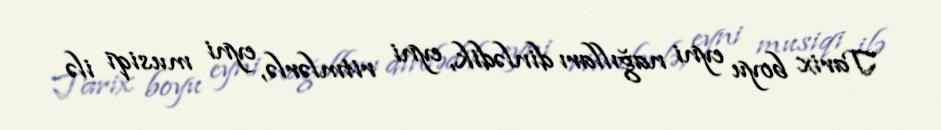
Tarix boyu eyni nağılları dinlədik, eyni ritmlərlə, eyni musiqi ilə